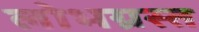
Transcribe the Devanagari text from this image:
लोभग्रस्त